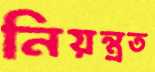
নিয়ন্ত্রত